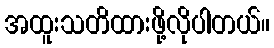
အထူးသတိထားဖို့လိုပါတယ်။